Indian journal of veterinary science and animal husbandry - Volume 7,
Year: 1937
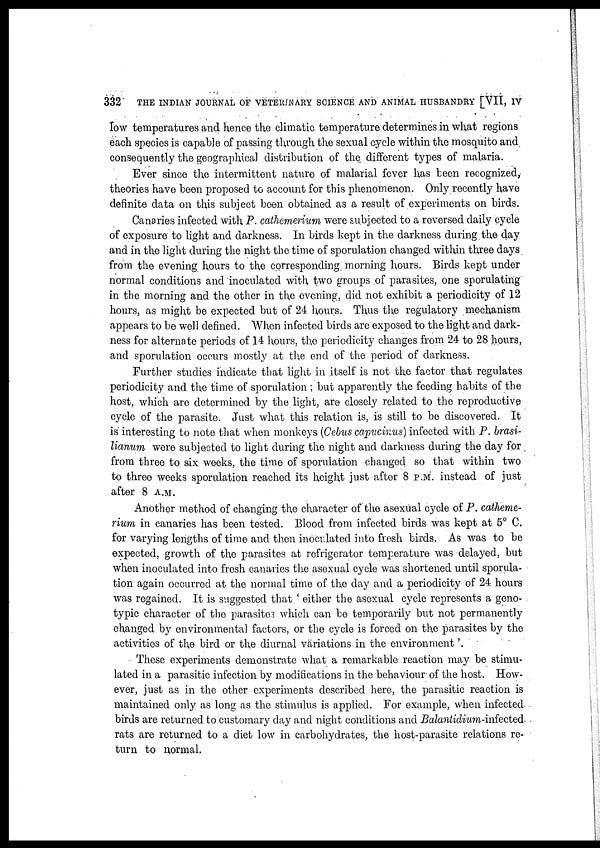
PUBLICATIONS OF THE IMPERIAL COUNCIL OF AGRICULTURAL RESEARCH
345
ICAR. 8.12
ICAR. 8.13
ICAR. 8.14
ICAR. 8.15
No. 12. List of Publications on the Botany of Indian Crops, Part II, for
the period 1928-32, By R. D. Bose. Price Rs. 3-6-0 or 6s. 9d.
No. 13. Two New Statistical Tables based upon Fisher's ' t ', By M. Vaidya-
nathan. Price As. 6 or 8d.
No. 14. List of Publications on Indian Entomology (1935), compiled by
the Imperial Entomologist, Pusa. Price Re. 1-4-0 or 2s.
No. 15. Selected Clinical Articles, Part II, By G. K. Sharma,
G.P.V.C.,
R. L. Kaura, B.V.Sc., M.R.C.V.S., S. Ganapathy Iyer, G.M.V.C.,
G. S. Khan, B.Sc. and S. Mangrulkar, M.Sc., M.R.C.V.S., D.T.V.M.
(EDIN) Price Re. 1-4 or 2s.
6. Annual Report of the Imperial Council of Agricultural Research
ICAR. 12.31
ICAR. 12.32
ICAR. 12.33
ICAR. 12.34
ICAR. 12.35
ICAR. 12.36
ICAR. 12.37
Annual Report of the Imperial Council of Agricultural Research for the
years 1929-30 and 1930-31. Price As. 12 or 1s. 3d.
Annual Report of the Imperial Council of Agricultural Research for the year
1931-32. Price As. 6 or 8d.
Annual Report of the Imperial Council of Agricultural Research for the year
1932-33. Price As. 6 or 8d. (Out of Stock.)
Annual Report of the Imperial Council of Agricultural Research for the year
1933-34. Price Re. 1-8-0 or 2s. 6d.
Annual Report of the Imperial Council of Agricultural Research for the year
1934-35. Price Re. 1 or 1s. 9d.
Annual Report of the Imperial Council of Agricultural Research for the year
1935-36. Price As. 14 or 1s. 6d.
Annual Report of the Imperial Council of Agricultural Research for the year
1936-37. Price Re. 1 -2-0 or 2s.
7. Agriculture and Animal Husbandry in India (called Review of Agricul-
tural Operations in India up to 1933 )
ICAR. 9.29
ICAR. 9.31
ICAR. 9.33
ICAR. 13-1-35
ICAR. 13-2-35
. 13.36
Review of Agricultural Operations in India, 1928-29. Price Rs. 3-2-0 or
5s. 6d. (Out of stock.)
Review of Agricultural Operations in India, 1929-31.
Price Rs. 5 or 8s.
3d.
Review of Agricultural Operations in India, 1931-33.
Price Rs. 5-12-0 or
9s. 6d.
Agriculture and Animal Husbandry in India, 1933-34 and 1934-35—
Part I.—Crop Production. Price Rs. 4-14-0 or 8s.
Part II.—Animal Husbandry. Price Re. 1 or 1s. 9d.
Agriculture and Animal Husbandry in India, 1935-36. Price Rs. 4-10 or 7s. 9d.
8. Proceedings of the Board of Agriculture and Animal Husbandry.
2
Proceedings of the First Meeting of the Animal Husbandry Wing of the Board
of Agriculture and Animal Husbandry held at New Delhi from the 20th to 23rd
February 1933, with Appendices. Price Rs. 5-14-0 or 9s. 6d.
3
Proceedings of the First Meeting of the Crops and Soils Wing of the Board of
Agriculture and Animal Husbandry in India held at Delhi from the 25th
February to the 2nd March 1935, with Appendices. Price Rs. 6 or 9s. 9d.